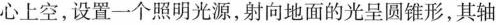
心上空，设置一个照明光源，射向地面的光呈圆锥形，其轴